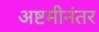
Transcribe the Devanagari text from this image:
अष्टमीनंतर